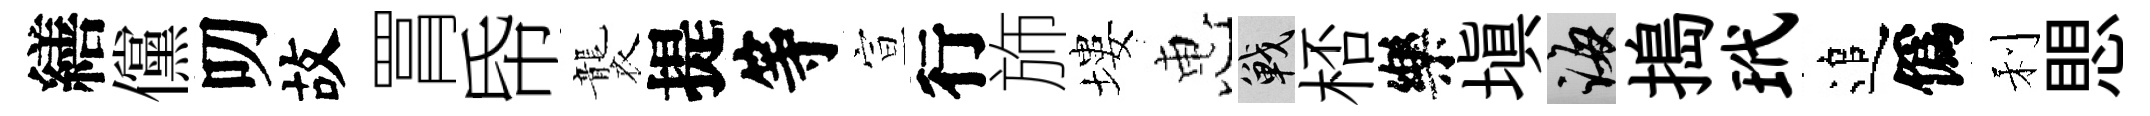
繕儻叨故罥帋襲提等宣行斾塿惠戰桮樂填誨搗玳追僞利愳